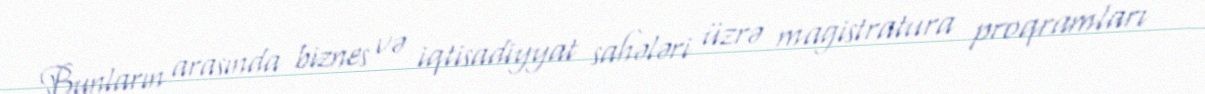
Bunların arasında biznes və iqtisadiyyat sahələri üzrə magistratura proqramları